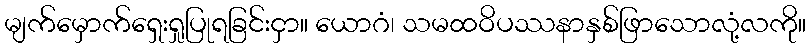
မျက်မှောက်ရှေးရှုပြုရခြင်းငှာ။ ယောဂံ၊ သမထဝိပဿနာနှစ်ဖြာသောလုံ့လကို။